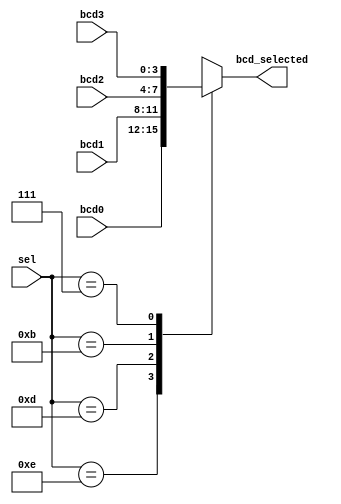
`timescale 1ns/1ps
/******************************************************************************
 * (C) Copyright 2016 AGH UST All Rights Reserved
 *
 * MODULE:    sseg_mux
 * DEVICE:    general
 * PROJECT:   stopwatch
 *
 * ABSTRACT:  Multiplexer of four 4-bit input numbers into one 4-bit bus
 *
 * HISTORY:
 * 4 Jan 2016, RS - initial version
 *
 * Pobrano z UPEL UEC1
 *******************************************************************************/
module sseg_mux (
        input  wire [3:0] sel,         // single zero will select the input
        input  wire [3:0] bcd0,
        input  wire [3:0] bcd1,
        input  wire [3:0] bcd2,
        input  wire [3:0] bcd3,
        output reg  [3:0] bcd_selected
    );

    always @*
        case(sel)
            4'b1110: bcd_selected = bcd0;
            4'b1101: bcd_selected = bcd1;
            4'b1011: bcd_selected = bcd2;
            4'b0111: bcd_selected = bcd3;
            default: bcd_selected = 4'bxxxx;
        endcase

endmodule